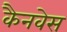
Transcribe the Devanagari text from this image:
कैनवेस